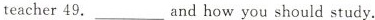
teacher 49. ___and how you should study.